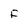
Character: F